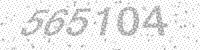
Solution: 565104